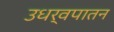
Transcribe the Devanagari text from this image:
उधर्वपातन